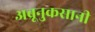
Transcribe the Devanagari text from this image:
अब्रूनुकसानी